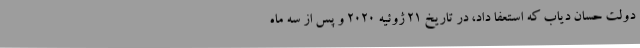
دولت حسان دیاب که استعفا داد، در تاریخ 21 ژوئیه 2020 و پس از سه ماه